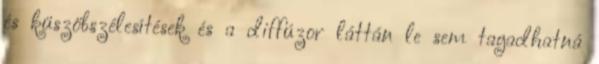
és küszöbszélesítések és a diffúzor láttán le sem tagadhatná